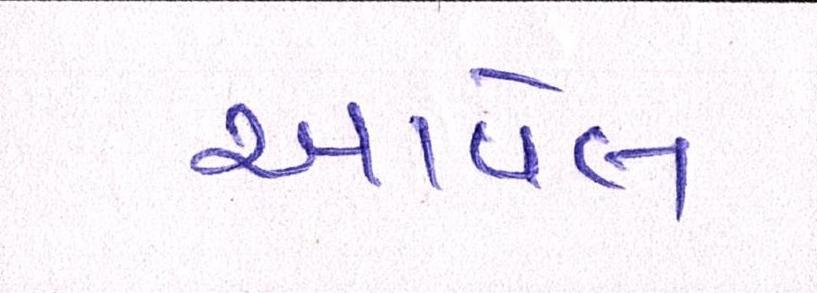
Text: આવેલ